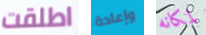
اطلقت وإعادة لمكانه